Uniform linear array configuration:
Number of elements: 24
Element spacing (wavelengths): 0.25
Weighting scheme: blackman
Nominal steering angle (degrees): -15
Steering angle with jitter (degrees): -15.206
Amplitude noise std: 0.05
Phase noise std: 0.05

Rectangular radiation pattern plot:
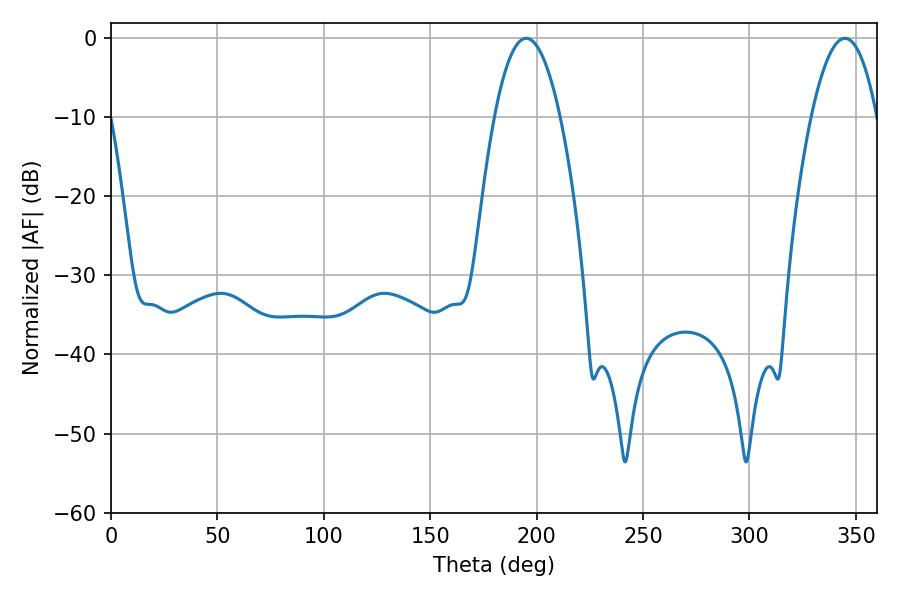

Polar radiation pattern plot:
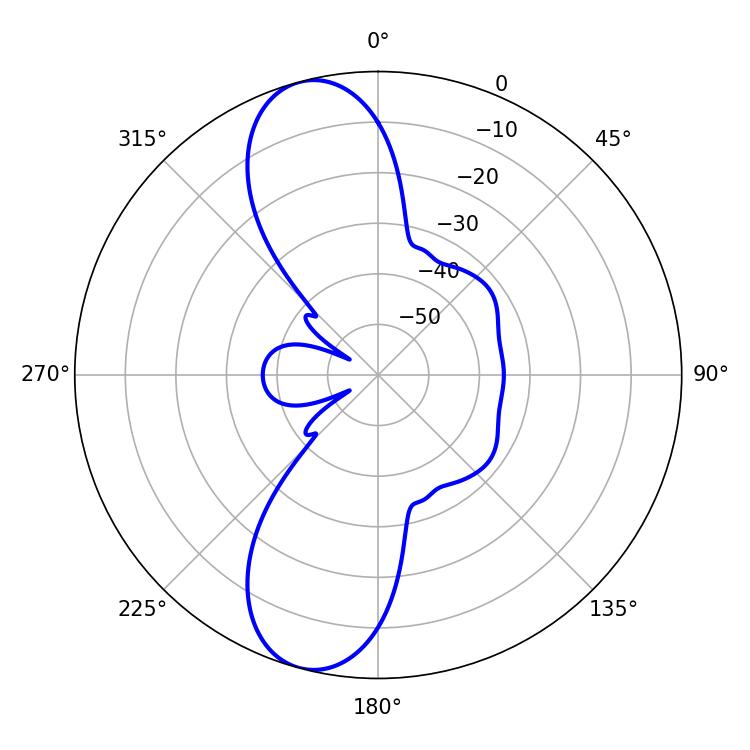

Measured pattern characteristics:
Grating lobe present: FALSE
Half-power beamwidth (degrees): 16.92
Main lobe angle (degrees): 195.12